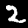
Label: 2